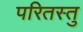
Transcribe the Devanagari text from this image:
परितस्तु